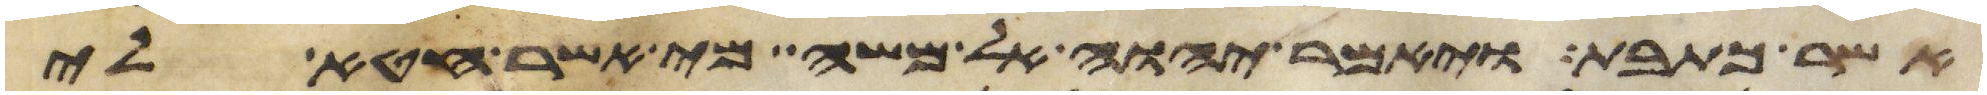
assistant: אשר כתבת ויאמר יהוה אל משה מי אשר חטא לי